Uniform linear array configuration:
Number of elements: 24
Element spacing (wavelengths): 0.5
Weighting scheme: exponential
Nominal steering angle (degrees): -45
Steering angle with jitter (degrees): -44.886
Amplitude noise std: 0.05
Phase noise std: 0.05

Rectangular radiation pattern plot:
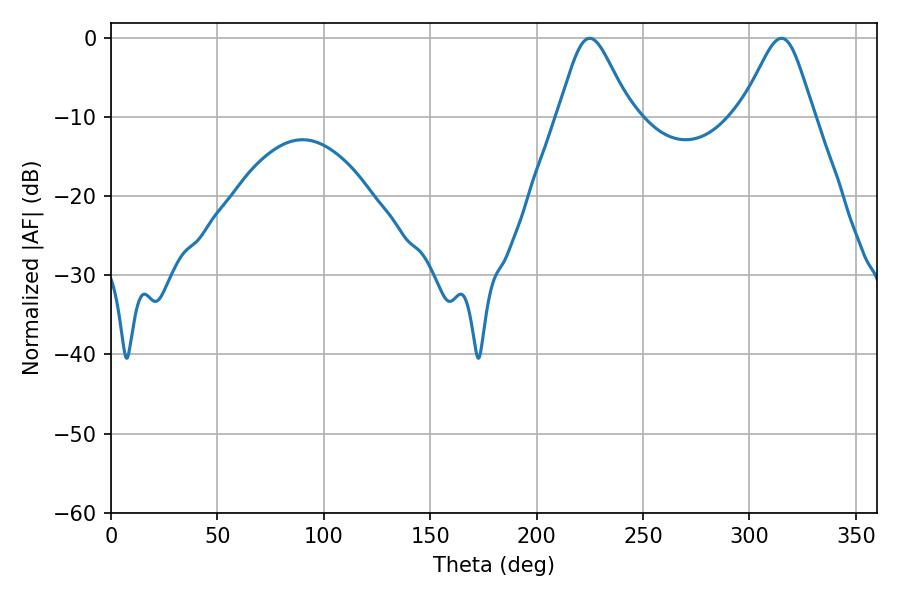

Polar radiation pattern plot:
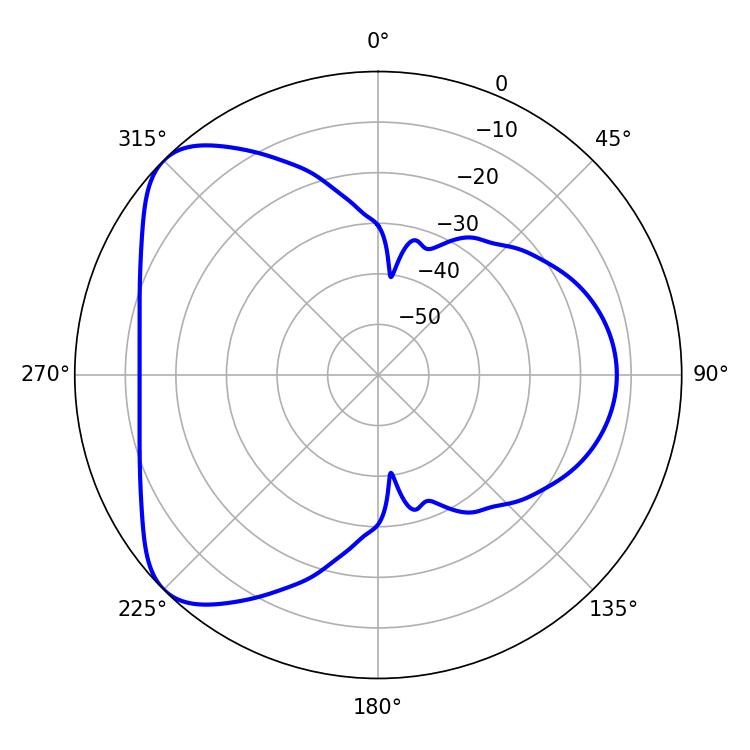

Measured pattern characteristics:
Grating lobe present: FALSE
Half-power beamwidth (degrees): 16.74
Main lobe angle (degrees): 225